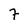
Character: 7